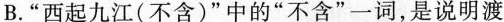
B.”西起九江(不含)”中的”不含”一词，是说明渡